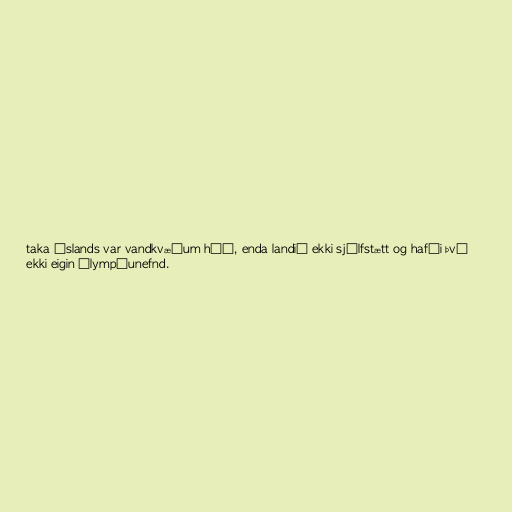
taka Íslands var vandkvæðum háð, enda landið ekki sjálfstætt og hafði því
ekki eigin Ólympíunefnd.